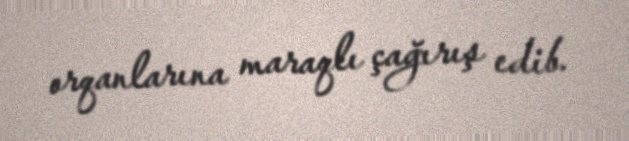
orqanlarına maraqlı çağırış edib.